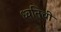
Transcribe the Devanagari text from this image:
ध्वनिची